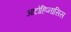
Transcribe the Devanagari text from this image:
आटोहिप्नासिस